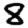
Digit: 8